Civil Veterinary Dept. Assam report 1927-50 - 1927-1950
Year: 1927
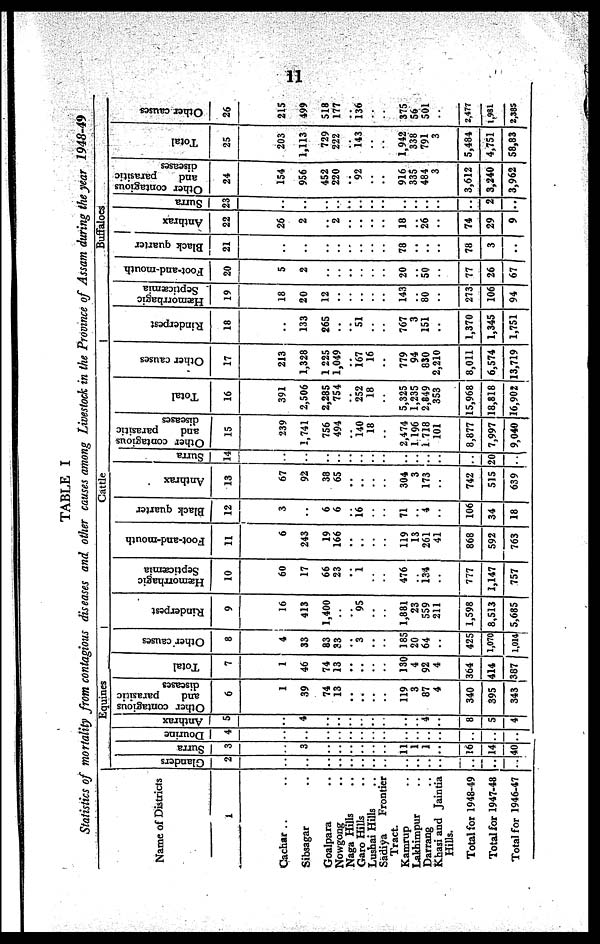
11
TABLE I
Statistics of mortality from contagious diseases and other causes among Livestock in the Province of Assam during the year 1948-49
Name of Districts
1
Cachar ..
Sibsagar ..
Golapara ..
Nowgong ..
Naga Hills ..
Garo Hills ..
Lushai Hills ..
Sadiya
Frontier
Tract
Kamrup ..
Lakhimpur ..
Darrang ..
Khasi and Jaintia
Hills.
Total for 1948-49
Total for 1947-48
Total for 1946-47
Equines
Glanders
2
..
..
..
..
..
..
..
..
..
..
..
..
..
..
..
Surra
3
..
3
..
..
..
..
..
..
11
1
1
..
16
14
40
Dourine
4
..
..
..
..
..
..
..
..
..
..
..
..
..
..
..
| Anthrax
5
..
4
..
..
..
..
..
..
..
..
4
..
8
5
4
Other contagious
and
parasicic
diseases
6
1
39
74
13
..
..
..
..
119
3
87
4
340
395
343
Total
7
1
46
74
13
..
..
..
..
130
4
92
4
364
414
387
Other causes
8
4
33
83
33
..
3
..
..
185
20
64
..
425
1,070
1,014
Cattle
Rinderpest
9
16
413
1,400
..
..
95
..
..
1,88.
23
559
211
1,598
8,513
5,685
Hæmorrhagic
Septicaemia
10
60
17
66
23
..
1
..
..
476
..
134
..
777
1,147
757
Foot-and-mouth
11
6
243
19
166
..
..
..
..
119
13
261
41
868
592
763
Black quarter
12
3
..
6
6
..
16
..
..
71
..
4
..
106
34
18
Anthrax
13
67
92
38
65
..
..
..
..
304
3
173
..
742
515
639
Surra
14
..
..
..
..
..
..
..
..
..
20
Other contagious
and
parasitic
diseases
15
239
1,741
756
494
..
140
18
..
2,474
1 196
i 718
101
8,877
7,997
9,040
Total
16
391
2,506
2,285
754
..
252
18
..
5,325
1,235
2,849
353
15,968
18,818
16,902
Other causes
17
213
1,328
1225
1,049
..
167
16
..
779
94
830
2,210
8,011
6,574
13,719
Buffaloes
Rinderpest
18
..
133
265
..
..
51
..
..
767
3
151
..
1,370
1,345
1,751
Hæmorrhagic
Septicaemia
19
18
20
12
..
..
..
..
..
143
..
80
..
273
106
94
Foot-and-mouth
20
5
2
..
..
..
..
..
..
20
..
50
..
77
26
67
Black quarter
21
..
..
..
..
..
..
..
..
78
..
..
..
78
3
..
Anthrax
22
26
2
..
2
..
..
..
..
18
..
26
..
74
29
9
Surra
23
..
..
..
..
..
..
..
..
..
..
..
..
..
2
. ..
Other contagious
and
parasitic
diseases
24
154
956
452
220
..
92
..
..
916
335
484
3
3,612
3,240
3,962
Total
25
203
1,113
729
222
..
143
..
..
1,942
338
791
3
5,484
4,751
58,83
Other causes
26
215
499
518
177
..
..
136
..
..
375
56
501
..
2,477
1,981
2,385